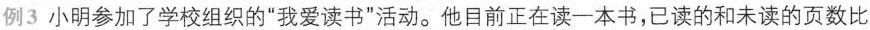
例3 小明参加了学校组织的“我爱读书”活动。他目前正在读一本书，已读的和未读的页数比